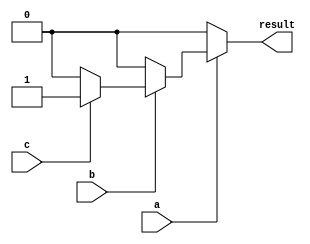
module nested_if_else(
    input wire a,
    input wire b,
    input wire c,
    output reg result
);

always @(*) begin
    if(a == 1) begin
        if(b == 1) begin
            if(c == 1) begin
                result <= 1;
            end
            else begin
                result <= 0;
            end
        end
        else begin
            result <= 0;
        end
    end
    else begin
        result <= 0;
    end
end

endmodule